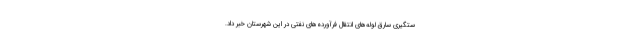
ستگیری سارق لوله‌های انتقال فرآورده‌های نفتی در این شهرستان خبر داد.